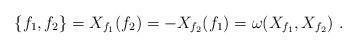
LaTeX: \begin{align*}\left\{ f_{1},f_{2}\right\} =X_{f_{1}}(f_{2})=-X_{f_{2}}(f_{1})=\omega(X_{f_{1}},X_{f_{2}})\ . \end{align*}